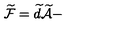
\widetilde { \mathcal { F } } = \widetilde { d } \widetilde { \mathcal { A } } -